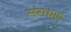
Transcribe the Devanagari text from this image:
संसथाएं